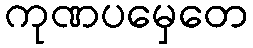
ကုဏပမှေတေ